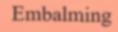
Embalming